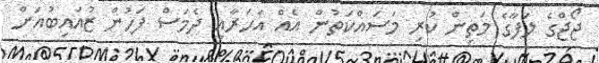
ޖޯޖްގެ ލަފާގެ މަތިން ކުރި މަސައްކަތުން އެއް އަހަރާއި ދެމަސް ފަހުން ޒުއައިބުއަށް